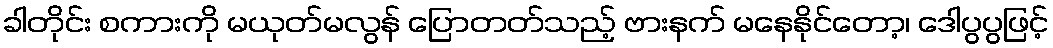
ခါတိုင်း စကားကို မယုတ်မလွန် ပြောတတ်သည့် ဗားနက် မနေနိုင်တော့၊ ဒေါပွပွဖြင့်